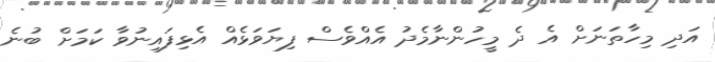
އަދި މިހާތަނަށް އެ ދެ މީހުންނާމެދު އެއްވެސް ފިޔަވަޅެއް އެޅިފައިނުވާ ކަމަށް ބުނެ